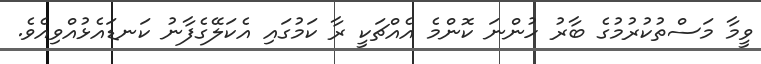
ވީމާ މަސްތުކުރުމުގެ ބާރު ހުންނަ ކޮންމެ އެއްޗަކީ ރާ ކަމުގައި އެކަލޭގެފާނު ކަނޑައެޅުއްވިއެވެ.